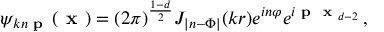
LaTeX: \psi _ { k n \textbf { p } \, } ( \textbf { x } ) = ( 2 \pi ) ^ { \frac { 1 - d } 2 } J _ { | n - \Phi | } ( k r ) e ^ { i n \varphi } e ^ { i \textbf { p } { \textbf { x } } _ { d - 2 } } \, ,